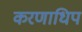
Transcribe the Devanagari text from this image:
करणाधिप